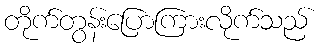
တိုက်တွန်းပြောကြားလိုက်သည်